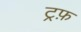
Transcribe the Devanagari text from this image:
ट्रफ़